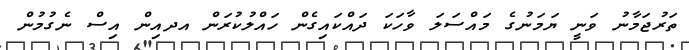
ތަރުޖަމާނު ވަނީ ޔަމަނުގެ މައްސަލަ ވާހަކަ ދައްކައިގެން ހައްލުކުރަން އދއިން އިސް ނެގުމުން